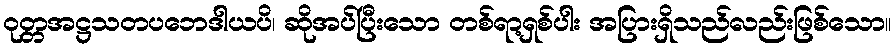
ဝုတ္တအဋ္ဌသတပဘေဒါယပိ၊ ဆိုအပ်ပြီးသော တစ်ရာ့ရှစ်ပါး အပြားရှိသည်လည်းဖြစ်သော။